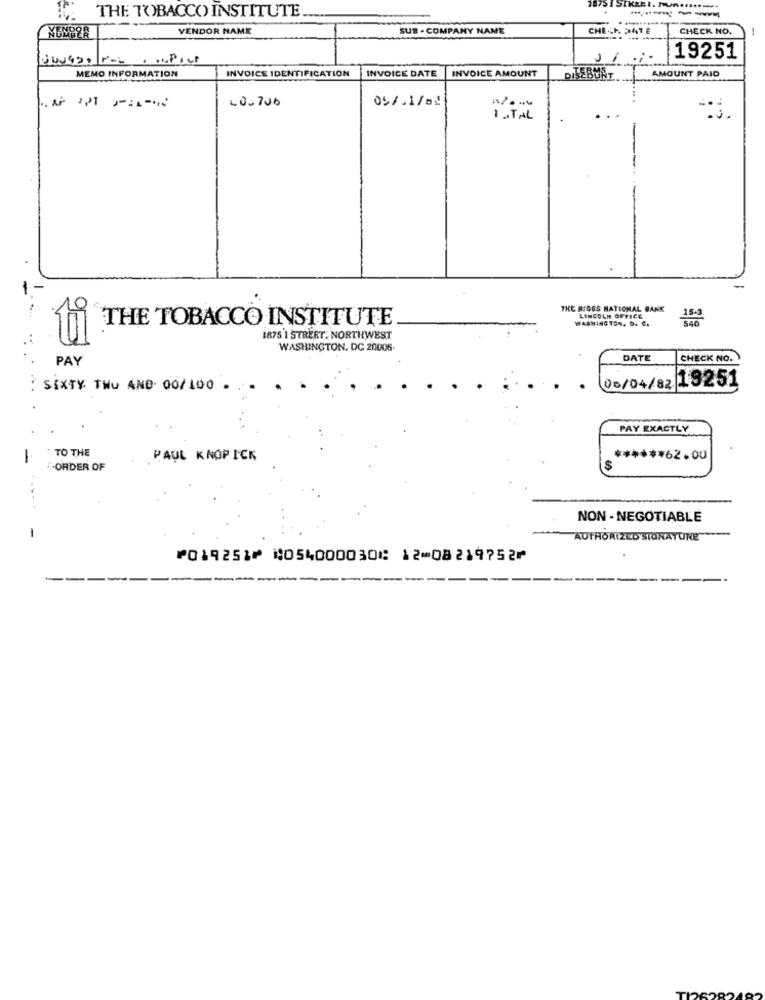
THE TOBACCO INSTITUTE
1875 1 STKERI. POR .......
-----
VENDOR NAME
SUB . COMPANY NAME
CHECK DATE
CHECK NO.
11 .
19251
INVOICE IDENTIFICATION
INVOICE DATE
INVOICE AMOUNT
MEMO INFORMATION
DISEBUAT.
AMOUNT PAID
-0.700
05/.1/82
1. TAL
THE RIGGS NATIONAL BANK
THE TOBACCO INSTITUTE
WASHINGTON. O. C.
LINCOLN OFFICE
1875 1 STREET, NORTHWEST
WASHINGTON, DC 20005
PAY
DATE
CHECK NO.
: SIXTY TWU AND 00/100 .
00/04/82 13251
PAY EXACTLY
TO THE
-
PAUL KNOPICK
****** 62.00
F-ORDER OF
S
NON- NEGOTIABLE
-
AUTHORIZED STONATURE
⑈019251⑈ ⑆054000030⑆ 12⑉08219752⑈